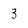
Character: 3